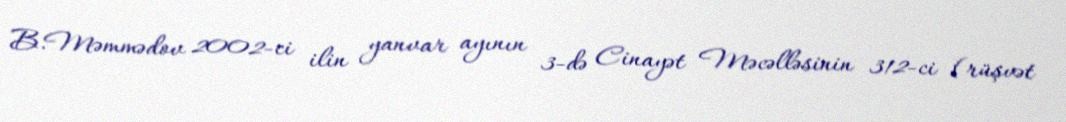
B.Məmmədov 2002-ci ilin yanvar ayının 3-də Cinayət Məcəlləsinin 312-ci (rüşvət